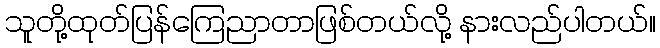
သူတို့ထုတ်ပြန်ကြေညာတာဖြစ်တယ်လို့ နားလည်ပါတယ်။